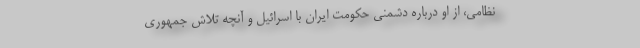
نظامی، از او درباره دشمنی حکومت ایران با اسرائیل و آنچه تلاش جمهوری